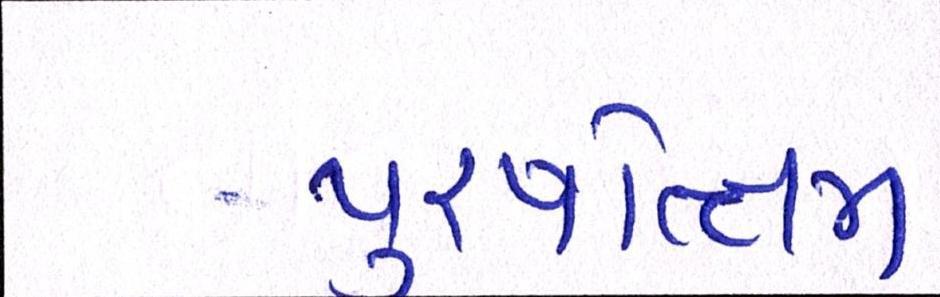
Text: પુરષોત્તમ